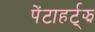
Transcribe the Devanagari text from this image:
पेंटाहर्ट्‌झ